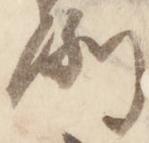
例